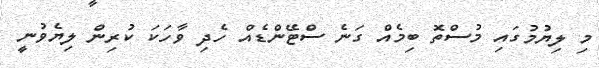
މި ލިޔުމުގައި މުސްތޮ ބިމެއް ގަނެ ސްޓޭންޑެއް ހެދި ވާހަކަ ކުރިން ލިޔެވުނީ